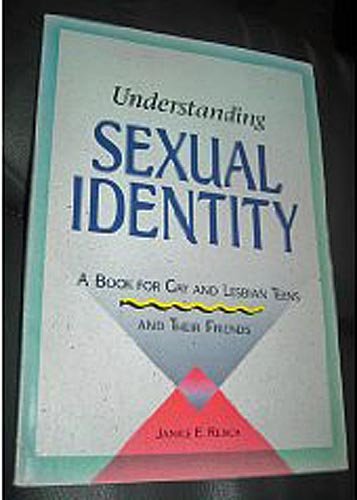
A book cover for Understanding Sexual Identity: A Book for Gay and Lesbian Teens and Their Friends; Janice E. Rench; Teen & Young Adult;